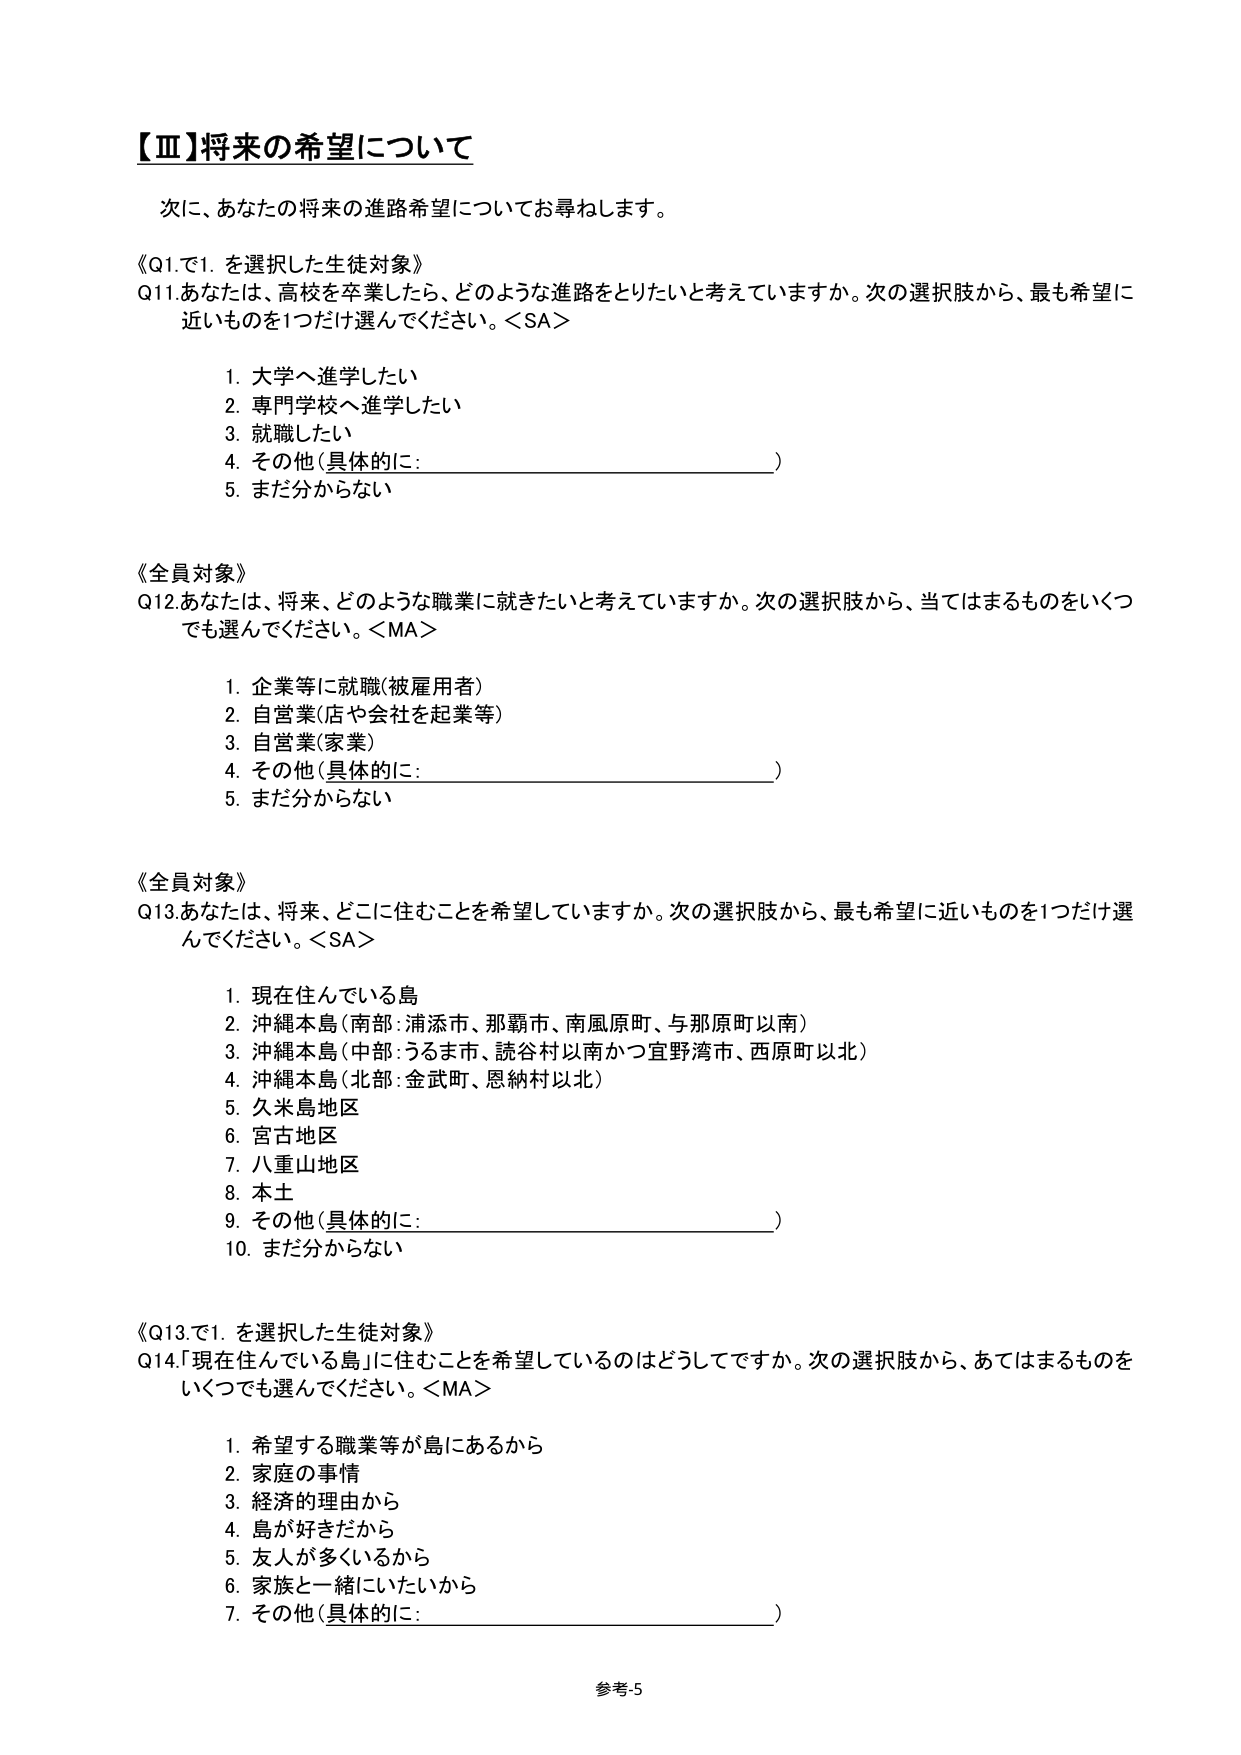
【Ⅲ】将来の希望について

次に、あなたの将来の進路希望についてお尋ねします。

《Q1.で1.を選択した生徒対象》
Q11.あなたは、高校を卒業したら、どのような進路をとりたいと考えていますか。次の選択肢から、最も希望に近いものを1つだけ選んでください。＜SA＞

1. 大学へ進学したい
2. 専門学校へ進学したい
3. 就職したい
4. その他（具体的に：________________________）
5. まだ分からない

《全員対象》
Q12.あなたは、将来、どのような職業に就きたいと考えていますか。次の選択肢から、当てはまるものをいくつでも選んでください。＜MA＞

1. 企業等に就職（被雇用者）
2. 自営業（店や会社を起業等）
3. 自営業（家業）
4. その他（具体的に：________________________）
5. まだ分からない

《全員対象》
Q13.あなたは、将来、どこに住むことを希望していますか。次の選択肢から、最も希望に近いものを1つだけ選んでください。＜SA＞

1. 現在住んでいる島
2. 沖縄本島（南部：浦添市、那覇市、南風原町、与那原町以南）
3. 沖縄本島（中部：うるま市、読谷村以南かつ宜野湾市、西原町以北）
4. 沖縄本島（北部：金武町、恩納村以北）
5. 久米島地区
6. 宮古地区
7. 八重山地区
8. 本土
9. その他（具体的に：________________________）
10. まだ分からない

《Q13.で1.を選択した生徒対象》
Q14.「現在住んでいる島」に住むことを希望しているのはどうしてですか。次の選択肢から、あてはまるものをいくつでも選んでください。＜MA＞

1. 希望する職業等が島にあるから
2. 家庭の事情
3. 経済的理由から
4. 島が好きだから
5. 友人が多くいるから
6. 家族と一緒にいたいから
7. その他（具体的に：________________________）

参考5